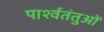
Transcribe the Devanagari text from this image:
पार्श्वतंतुओं